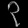
Digit: ၃